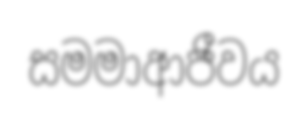
සමමාආජීවය